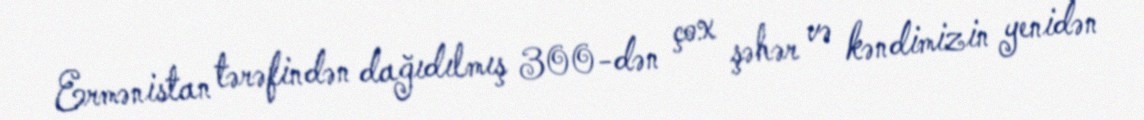
Ermənistan tərəfindən dağıdılmış 300-dən çox şəhər və kəndimizin yenidən